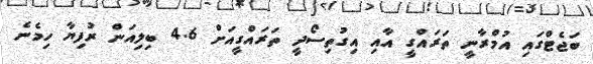
ބަޖެޓްގައި އުމްރާނީ ތަރައްގީ އާއި އިގުތިސޯދީ ތަރައްގީއަށް 4.6 ބިލިއަން ރުފިޔާ ހިމެނެ